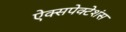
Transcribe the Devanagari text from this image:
ऐक्सपेक्टेशंस